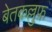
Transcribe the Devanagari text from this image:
बेतकल्लुफ़